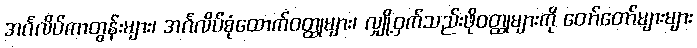
အင်္ဂလိပ်ကာတွန်းများ၊ အင်္ဂလိပ်စုံထောက်ဝတ္ထုများ၊ လျှို့ဝှက်သည်းဖိုဝတ္ထုများကို တော်တော်များများ